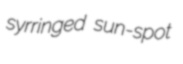
syrringed sun-spot